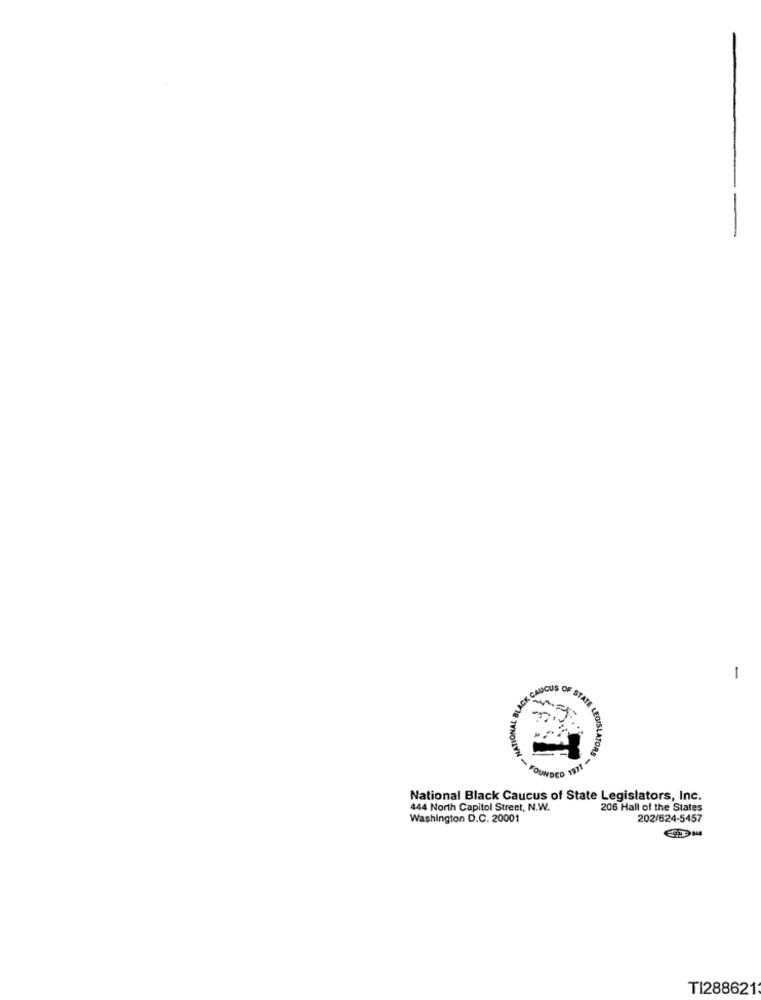
--
1
National Black Caucus of State Legislators, Inc.
444 North Capitol Street, N.W.
206 Hall of the States
Washington D.C. 20001
202/624-5457
TI288621